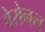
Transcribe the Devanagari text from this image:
वेरोनल